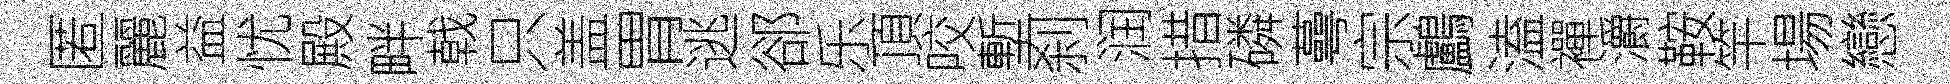
匿麗益忧殿畔戟只盖胃逃郤乐頂咬塹刹润措磷蕚宗鸕溘襌灂鞍竿場戀